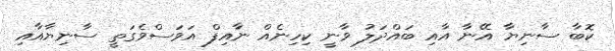
ކޮބާ ސާނިޔާ އޭނާ އާއި ބައްދަލު ވާނީ ކިހިނެއް ނާއިފް އަވަސްވެގަތީ ސާނިޔާއާއި